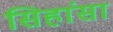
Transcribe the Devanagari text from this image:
सिहांसा